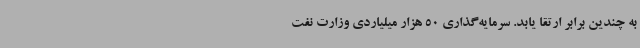
به چندین برابر ارتقا یابد. سرمایه‌گذاری 50 هزار میلیاردی وزارت نفت